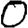
Digit: 0